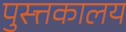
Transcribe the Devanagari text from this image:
पुस्त्तकालय